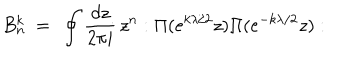
B _ { n } ^ { k } \ = \ \oint { \frac { d z } { 2 \pi i } } \, z ^ { n } : \Pi ( e ^ { k \lambda / 2 } z ) \Pi ( e ^ { - k \lambda / 2 } z ) :